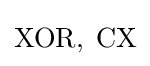
{\textstyle \mathrm {XOR} ,\;\mathrm {CX} }